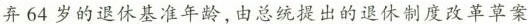
弃64岁的退休基准年龄，由总统提出的退休制度改革草案